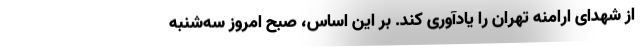
از شهدای ارامنه تهران را یادآوری کند. بر این اساس، صبح امروز سه‌شنبه